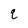
Character: q